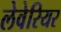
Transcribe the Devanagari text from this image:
लेवेरियर